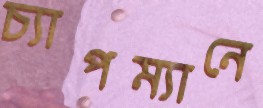
চ্যাপম্যানে